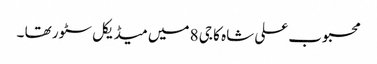
محبوب علی شاہ کا جی 8 میں میڈیکل سٹور تھا ۔